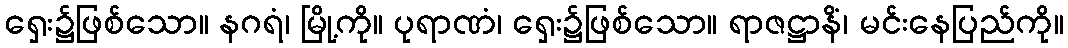
ရှေး၌ဖြစ်သော။ နဂရံ၊ မြို့ကို။ ပုရာဏံ၊ ရှေး၌ဖြစ်သော။ ရာဇဋ္ဌာနိံ၊ မင်းနေပြည်ကို။